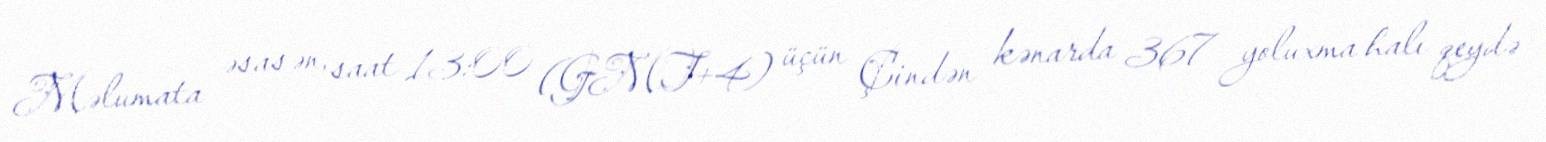
Məlumata əsasən, saat 13:00 (GMT+4) üçün Çindən kənarda 367 yoluxma halı qeydə